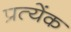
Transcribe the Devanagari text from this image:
प्रत्येंक